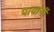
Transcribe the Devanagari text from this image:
पायांनीं